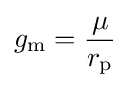
g_{\mathrm {m} }={\frac {\mu }{r_{\mathrm {p} }}}